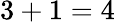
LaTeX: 3+1=4